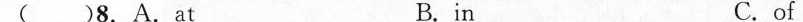
( )8.A.At B.in C.of